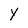
Character: Y